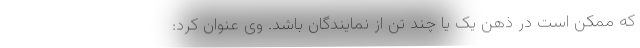
که ممکن است در ذهن یک یا چند تن از نمایندگان باشد. وی عنوان کرد:‌